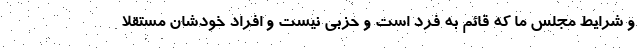
و شرایط مجلس ما که قائم به فرد است و حزبی نیست و افراد خودشان مستقلا